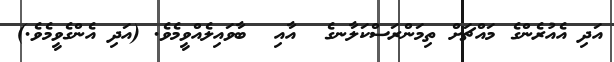
އަދި އެއުރެންގެ މައްޗަށް ތިމަންރަސްކަލާނގެ  އާއި  ބާވައިލެއްވީމެވެ. (އަދި އެންގެވީމެވެ.)